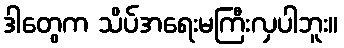
ဒါတွေက သိပ်အရေးမကြီးလှပါဘူး။